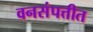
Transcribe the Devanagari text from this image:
वनसंपत्तीत